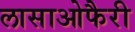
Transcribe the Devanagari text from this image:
लासाओफैरी